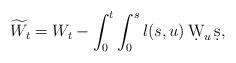
LaTeX: \begin{align*} \widetilde{W}_t= W_t -\int_0^t \int_0^s l(s,u)\, \d W_u\, \d s,\end{align*}